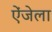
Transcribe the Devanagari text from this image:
ऐंजेला